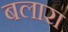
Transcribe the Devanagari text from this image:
बलारा